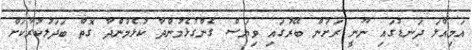
އަމިއްލަ ދަނޑުގައި ނޫނީ ރަށުން ބޭރުގައި ވިޔަސް ގެންގުޅެމުންދާ ކުޅެމުންދާ ގޮތް ބަދަލުކުރާކަށް